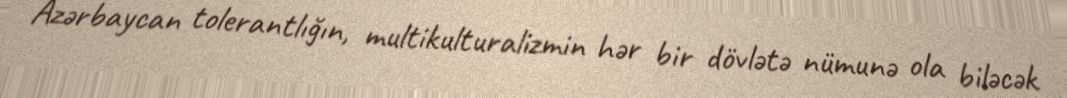
Azərbaycan tolerantlığın, multikulturalizmin hər bir dövlətə nümunə ola biləcək